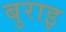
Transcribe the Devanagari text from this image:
बुराइ